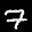
Label: 7